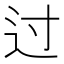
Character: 过